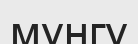
мунгу